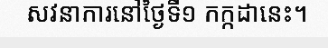
សវនាការនៅថ្ងៃទី១ កក្កដានេះ។